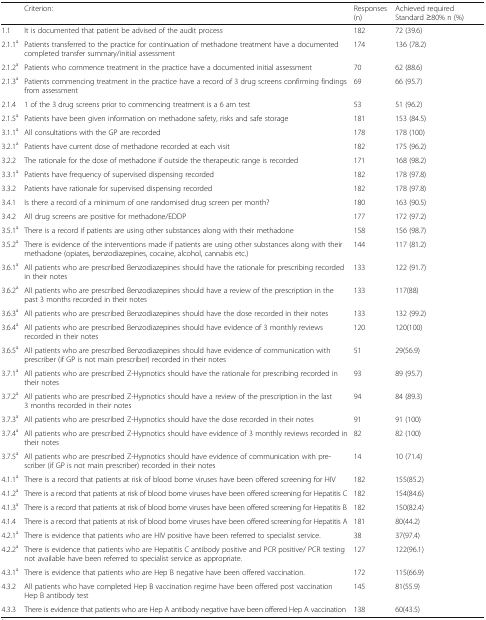
<table><thead><tr><td></td><td><b>Criterion:</b></td><td><b>Responses (n)</b></td><td><b>Achieved required Standard ≥80% n (%)</b></td></tr></thead><tbody><tr><td>1.1</td><td>It is documented that patient be advised of the audit process</td><td>182</td><td>72 (39.6)</td></tr><tr><td>2.1.1<sup>a</sup></td><td>Patients transferred to the practice for continuation of methadone treatment have a documented completed transfer summary/initial assessment</td><td>174</td><td>136 (78.2)</td></tr><tr><td>2.1.2<sup>a</sup></td><td>Patients who commence treatment in the practice have a documented initial assessment</td><td>70</td><td>62 (88.6)</td></tr><tr><td>2.1.3<sup>a</sup></td><td>Patients commencing treatment in the practice have a record of 3 drug screens confirming findings from assessment</td><td>69</td><td>66 (95.7)</td></tr><tr><td>2.1.4</td><td>1 of the 3 drug screens prior to commencing treatment is a 6 am test</td><td>53</td><td>51 (96.2)</td></tr><tr><td>2.1.5<sup>a</sup></td><td>Patients have been given information on methadone safety, risks and safe storage</td><td>181</td><td>153 (84.5)</td></tr><tr><td>3.1.1<sup>a</sup></td><td>All consultations with the GP are recorded</td><td>178</td><td>178 (100)</td></tr><tr><td>3.2.1<sup>a</sup></td><td>Patients have current dose of methadone recorded at each visit</td><td>182</td><td>175 (96.2)</td></tr><tr><td>3.2.2</td><td>The rationale for the dose of methadone if outside the therapeutic range is recorded</td><td>171</td><td>168 (98.2)</td></tr><tr><td>3.3.1<sup>a</sup></td><td>Patients have frequency of supervised dispensing recorded</td><td>182</td><td>178 (97.8)</td></tr><tr><td>3.3.2</td><td>Patients have rationale for supervised dispensing recorded</td><td>182</td><td>178 (97.8)</td></tr><tr><td>3.4.1</td><td>Is there a record of a minimum of one randomised drug screen per month?</td><td>180</td><td>163 (90.5)</td></tr><tr><td>3.4.2</td><td>All drug screens are positive for methadone/EDDP</td><td>177</td><td>172 (97.2)</td></tr><tr><td>3.5.1<sup>a</sup></td><td>There is a record if patients are using other substances along with their methadone</td><td>158</td><td>156 (98.7)</td></tr><tr><td>3.5.2<sup>a</sup></td><td>There is evidence of the interventions made if patients are using other substances along with their methadone (opiates, benzodiazepines, cocaine, alcohol, cannabis etc.)</td><td>144</td><td>117 (81.2)</td></tr><tr><td>3.6.1<sup>a</sup></td><td>All patients who are prescribed Benzodiazepines should have the rationale for prescribing recorded in their notes</td><td>133</td><td>122 (91.7)</td></tr><tr><td>3.6.2<sup>a</sup></td><td>All patients who are prescribed Benzodiazepines should have a review of the prescription in the past 3 months recorded in their notes</td><td>133</td><td>117(88)</td></tr><tr><td>3.6.3<sup>a</sup></td><td>All patients who are prescribed Benzodiazepines should have the dose recorded in their notes</td><td>133</td><td>132 (99.2)</td></tr><tr><td>3.6.4<sup>a</sup></td><td>All patients who are prescribed Benzodiazepines should have evidence of 3 monthly reviews recorded in their notes</td><td>120</td><td>120(100)</td></tr><tr><td>3.6.5<sup>a</sup></td><td>All patients who are prescribed Benzodiazepines should have evidence of communication with prescriber (if GP is not main prescriber) recorded in their notes</td><td>51</td><td>29(56.9)</td></tr><tr><td>3.7.1<sup>a</sup></td><td>All patients who are prescribed Z-Hypnotics should have the rationale for prescribing recorded in their notes</td><td>93</td><td>89 (95.7)</td></tr><tr><td>3.7.2<sup>a</sup></td><td>All patients who are prescribed Z-Hypnotics should have a review of the prescription in the last 3 months recorded in their notes</td><td>94</td><td>84 (89.3)</td></tr><tr><td>3.7.3<sup>a</sup></td><td>All patients who are prescribed Z-Hypnotics should have the dose recorded in their notes</td><td>91</td><td>91 (100)</td></tr><tr><td>3.7.4<sup>a</sup></td><td>All patients who are prescribed Z-Hypnotics should have evidence of 3 monthly reviews recorded in their notes</td><td>82</td><td>82 (100)</td></tr><tr><td>3.7.5<sup>a</sup></td><td>All patients who are prescribed Z-Hypnotics should have evidence of communication with prescriber (if GP is not main prescriber) recorded in their notes</td><td>14</td><td>10 (71.4)</td></tr><tr><td>4.1.1<sup>a</sup></td><td>There is a record that patients at risk of blood borne viruses have been offered screening for HIV</td><td>182</td><td>155(85.2)</td></tr><tr><td>4.1.2<sup>a</sup></td><td>There is a record that patients at risk of blood borne viruses have been offered screening for Hepatitis C</td><td>182</td><td>154(84.6)</td></tr><tr><td>4.1.3<sup>a</sup></td><td>There is a record that patients at risk of blood borne viruses have been offered screening for Hepatitis B</td><td>182</td><td>150(82.4)</td></tr><tr><td>4.1.4</td><td>There is a record that patients at risk of blood borne viruses have been offered screening for Hepatitis A</td><td>181</td><td>80(44.2)</td></tr><tr><td>4.2.1<sup>a</sup></td><td>There is evidence that patients who are HIV positive have been referred to specialist service.</td><td>38</td><td>37(97.4)</td></tr><tr><td>4.2.2<sup>a</sup></td><td>There is evidence that patients who are Hepatitis C antibody positive and PCR positive/ PCR testing not available have been referred to specialist service as appropriate.</td><td>127</td><td>122(96.1)</td></tr><tr><td>4.3.1<sup>a</sup></td><td>There is evidence that patients who are Hep B negative have been offered vaccination.</td><td>172</td><td>115(66.9)</td></tr><tr><td>4.3.2</td><td>All patients who have completed Hep B vaccination regime have been offered post vaccination Hep B antibody test</td><td>145</td><td>81(55.9)</td></tr><tr><td>4.3.3</td><td>There is evidence that patients who are Hep A antibody negative have been offered Hep A vaccination</td><td>138</td><td>60(43.5)</td></tr></tbody></table>